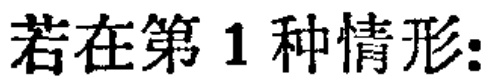
若在第 1 种情形: